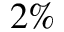
2 \%